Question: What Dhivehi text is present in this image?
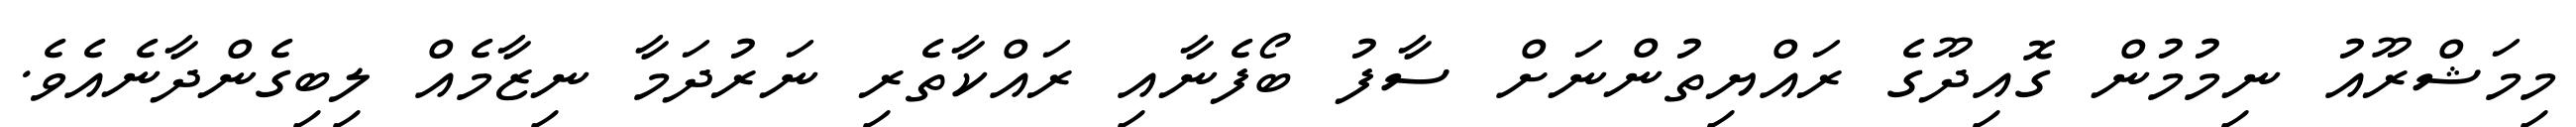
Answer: މިމަޝްރޫއު ނިމުމުން ގޮއިދޫގެ ރައްޔިތުންނަށް ސާފު ބޯފެނާއި ރައްކާތެރި ނަރުދަމާ ނިޒާމެއް ލިބިގެންދާނެއެވެ.